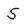
Character: S